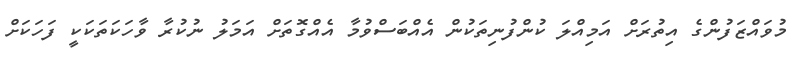
މުވައްޒަފުންގެ އިތުރަށް އަމިއްލަ ކުންފުނިތަކުން އެއްބަސްވުމާ އެއްގޮތަށް އަމަލު ނުކުރާ ވާހަކަތަކަކީ ފަހަކަށް